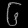
Digit: ၆